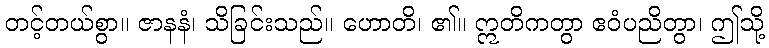
တင့်တယ်စွာ။ ဇာနနံ၊ သိခြင်းသည်။ ဟောတိ၊ ၏။ ဣတိကတွာ ဧဝံပညိတွာ၊ ဤသို့